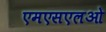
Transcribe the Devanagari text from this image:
एमएसएलओ